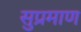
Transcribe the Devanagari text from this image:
सुप्रमाण